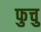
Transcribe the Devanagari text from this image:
फुचु